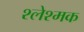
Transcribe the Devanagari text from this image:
श्लेश्मक